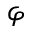
\varphi